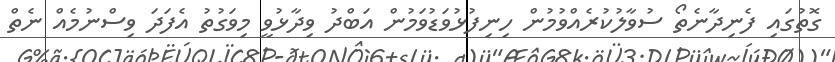
ގޮތުގައި ފެނިދާނެތޯ ސުވާލުކުރެއްވުމުން ހިނިފުޅުވަޑުވަމުން އަބްދު ވިދާޅުވީ މިވަގުތު އެފަދަ ވިސްނުމެއް ނެތް